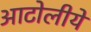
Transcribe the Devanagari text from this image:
आटोलीये